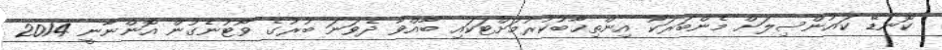
ކޮނޑޭ ކައުންސިލަށް މެންބަރަކު އިންތިޚާބުކުރުމަށްޓަކައި ބާއްވާ ދެވަނަ ބުރުގެ ވޯޓުނެގުން އޮންނާނީ 2014